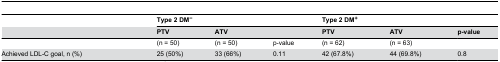
|  | <COLSPAN=3> Type 2 DM− | <COLSPAN=3> Type 2 DM+ |
 |  | PTV | ATV |  | PTV | ATV | p-value |
 | --- | --- | --- | --- | --- | --- | --- |
 |  | (n = 50) | (n = 50) | p-value | (n = 62) | (n = 63) |  |
 | Achieved LDL-C goal, n (%) | 25 (50%) | 33 (66%) | 0.11 | 42 (67.8%) | 44 (69.8%) | 0.8 |